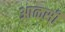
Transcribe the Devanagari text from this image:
आळसी